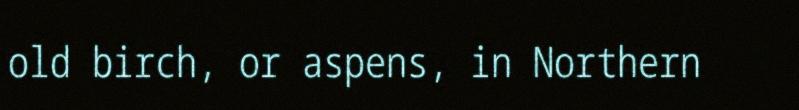
old birch, or aspens, in Northern